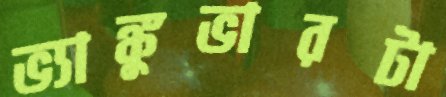
ভ্যাঙ্কুভারটা